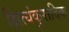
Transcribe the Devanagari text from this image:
क्षित्यंकुरादिक